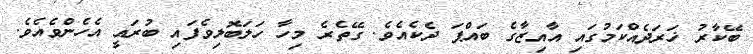
ބޭކާރު ޚަރަދެއްކަމުގައި އާއިޒާގެ ބައްޕަ ދެކެއެވެ. ގޭތެރެ މިހާ ހަލަބޮލިވެފައި ބުރައީ އެހެންވެއެވެ.